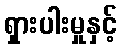
ရှားပါးမှုနှင့်